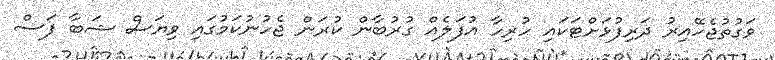
ވަގުތުޖެހޭއިރު ދަރިފުޅަށްޓަކައި ހުރިހާ އުފަލެއް ގުރުބާން ކުރަން ޖެހުނުކަމުގައި ވިޔަސް ޝަބާ ފަސް